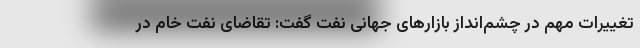
تغییرات مهم در چشم‌انداز بازارهای جهانی نفت گفت: تقاضای نفت خام در